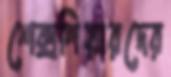
শেক্সপিয়ারদের